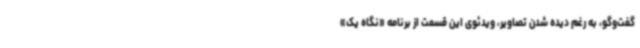
گفت‌وگو، به رغم دیده شدن تصاویر، ویدئوی این قسمت از برنامه «نگاه یک»